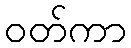
ဝတ်ကာ